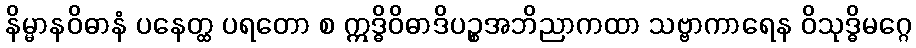
နိမ္မာနဝိဓာနံ ပနေတ္ထ ပရတော စ ဣဒ္ဓိဝိဓာဒိပဉ္စအဘိညာကထာ သဗ္ဗာကာရေန ဝိသုဒ္ဓိမဂ္ဂေ